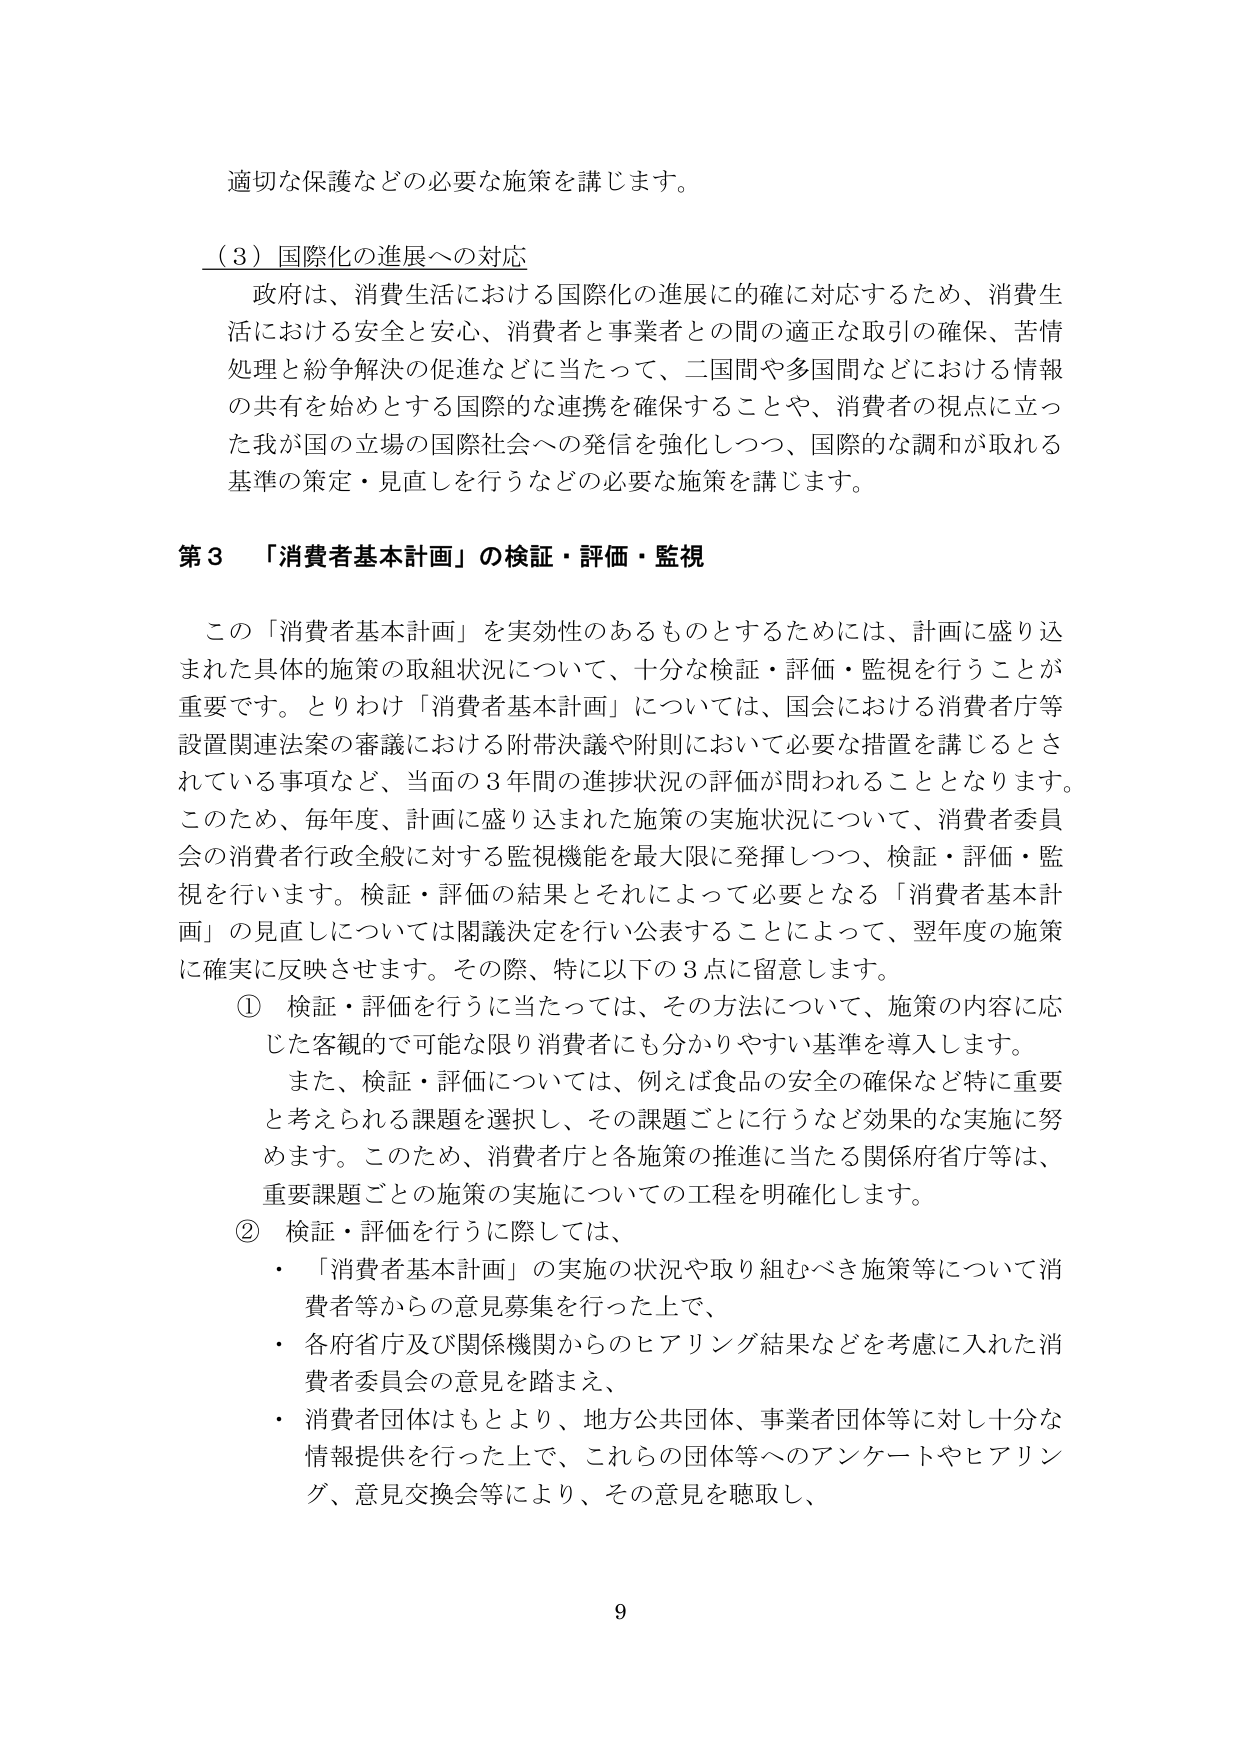
適切な保護などの必要な施策を講じます。

（３）国際化の進展への対応
政府は、消費生活における国際化の進展に的確に対応するため、消費生活における安全と安心、消費者と事業者との間の適正な取引の確保、苦情処理と紛争解決の促進などに当たって、二国間や多国間などにおける情報の共有を始めとする国際的な連携を確保することや、消費者の視点に立った我が国の立場の国際社会への発信を強化しつつ、国際的な調和が取れる基準の策定・見直しを行うなどの必要な施策を講じます。

第３ 「消費者基本計画」の検証・評価・監視
この「消費者基本計画」を実効性のあるものとするためには、計画に盛り込まれた具体的施策の取組状況について、十分な検証・評価・監視を行うことが重要です。とりわけ「消費者基本計画」については、国会における消費者庁等設置関連法案の審議における附帯決議や附則において必要な措置を講じるとされている事項など、当面の３年間の進捗状況の評価が問われることとなります。このため、毎年度、計画に盛り込まれた施策の実施状況について、消費者委員会の消費者行政全般に対する監視機能を最大限に発揮しつつ、検証・評価・監視を行います。検証・評価の結果とそれによって必要となる「消費者基本計画」の見直しについては閣議決定を行い公表することによって、翌年度の施策に確実に反映させます。その際、特に以下の３点に留意します。
① 検証・評価を行うに当たっては、その方法について、施策の内容に応じた客観的で可能な限り消費者にも分かりやすい基準を導入します。
また、検証・評価については、例えば食品の安全の確保など特に重要と考えられる課題を選択し、その課題ごとに行うなど効果的な実施に努めます。このため、消費者庁と各施策の推進に当たる関係府省庁等は、重要課題ごとの施策の実施についての工程を明確化します。
② 検証・評価を行うに際しては、
・「消費者基本計画」の実施の状況や取り組むべき施策等について消費者等からの意見募集を行った上で、
・各府省庁及び関係機関からのヒアリング結果などを考慮に入れた消費者委員会の意見を踏まえ、
・消費者団体はもとより、地方公共団体、事業者団体等に対し十分な情報提供を行った上で、これらの団体等へのアンケートやヒアリング、意見交換会等により、その意見を聴取し、

9